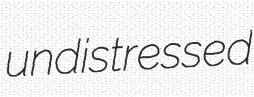
undistressed